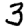
Digit: 3